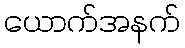
ယောက်အနက်